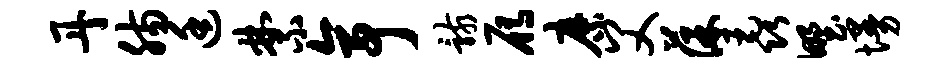
丹肠廷禁亭骸雁縻父葆毳野墁